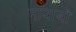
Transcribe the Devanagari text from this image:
नावाबों